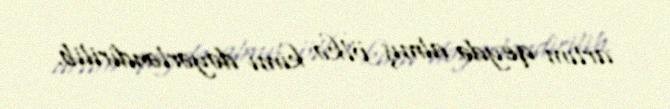
artım qeydə almış ölkə kimi dəyərləndirilib.